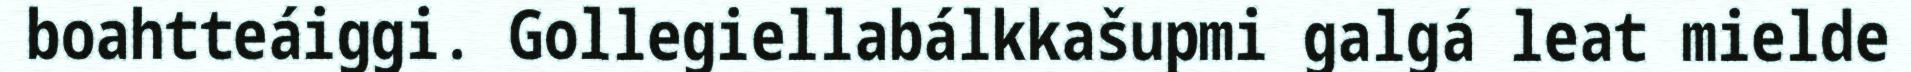
boahtteáiggi. Gollegiellabálkkašupmi galgá leat mielde